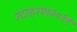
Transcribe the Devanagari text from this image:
उदाहरण२०११